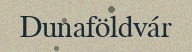
Dunaföldvár